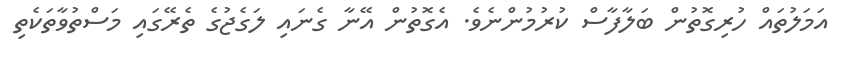
އަމަލުތައް ހުރިގޮތުން ބަލާފާސް ކުރުމުންނެވެ. އެގޮތުން އޭނާ ގެނައި ލަގެޖުގެ ތެރޭގައި މަސްތުވާތަކެތި